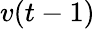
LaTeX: v(t-1)